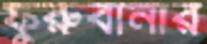
ফুরুবানার